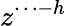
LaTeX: z^{\cdots-h}